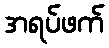
အရပ်ဖက်